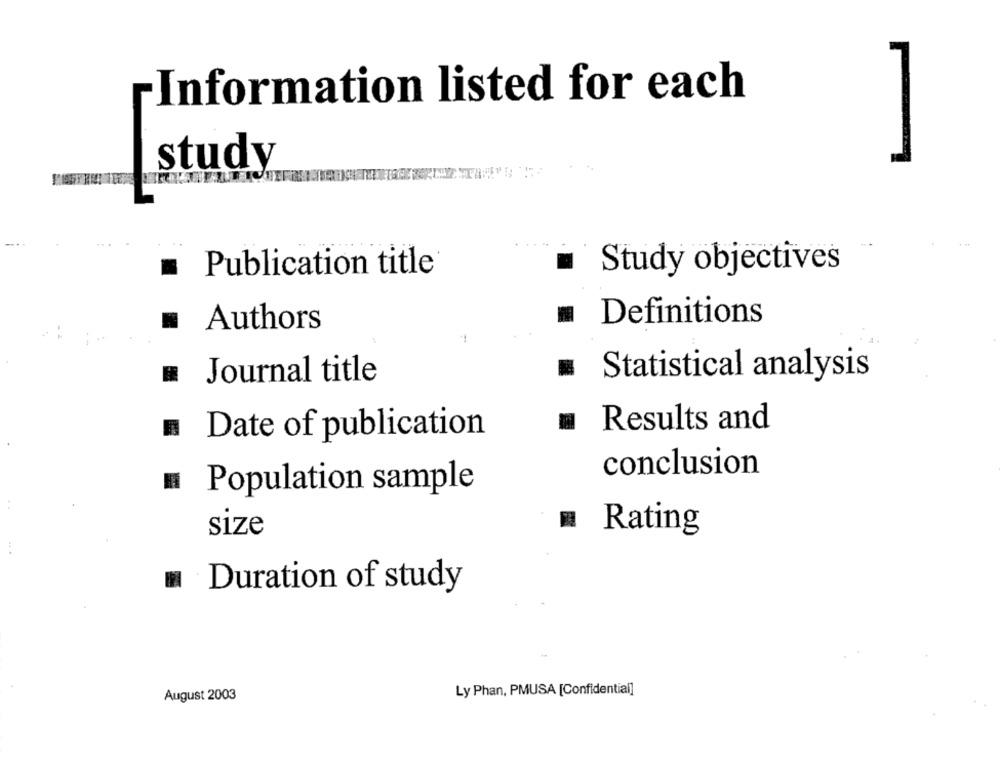
Information listed for each
study
.
Publication title
Study objectives
Authors
Definitions
Journal title
Statistical analysis
Results and
Date of publication
conclusion
Population sample
size
Rating
Duration of study
Ly Phan, PMUSA [Confidential]
August 2003